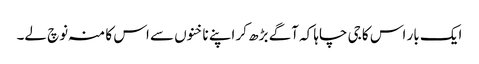
ایک بار اس کا جی چاہا کہ آگے بڑھ کر اپنے ناخنوں سے اس کا منہ نوچ لے۔